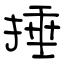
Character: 捶